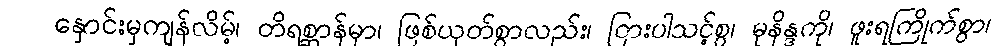
နှောင်းမှကျန်လိမ့်၊ တိရစ္ဆာန်မှာ၊ ဖြစ်ယုတ်စွာလည်း၊ ငြားပါသင့်စွ၊ မုနိန္ဒကို၊ ဖူးရကြိုက်စွာ၊